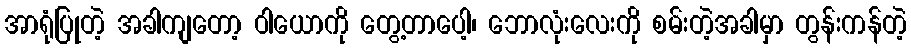
အာရုံပြုတဲ့ အခါကျတော့ ဝါယောကို တွေ့တာပေါ့၊ ဘောလုံးလေးကို စမ်းတဲ့အခါမှာ တွန်းကန်တဲ့